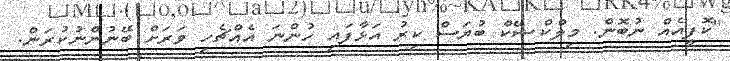
"ކޮފީއެއް ނުބޮން. މިލްކްޝޭކް ބުޔަސް ކިރު އަޅާފައި ހުންނަ އެއްޗެހި ވަރަށް ބޭނުންނުކުރަން.